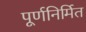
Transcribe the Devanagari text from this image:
पूर्णनिर्मित